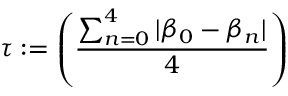
\tau : = \left( \frac { \sum _ { n = 0 } ^ { 4 } | \beta _ { 0 } - \beta _ { n } | } { 4 } \right)